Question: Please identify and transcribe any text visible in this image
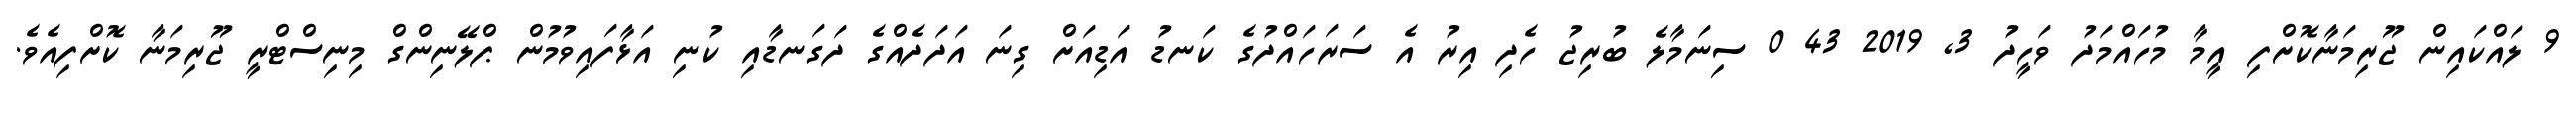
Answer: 9 ލައްކައިން ޖޫރިމަނާކޮށްފި އީމާ މުހައްމަދު ވަހީދު 3, 2019 43 0 ސިނަމާލެ ބުރިޖު ހެދި އިރު އެ ސަރަހައްދުގެ ކަނޑު އަޑިއަށް ގިނަ އަދަދެއްގެ ދަގަނޑާއި ކުނި އަޅާފައިވުމުން ޕްލޭނިންގް މިނިސްޓްރީ ޖޫރިމަނާ ކޮށްފިއެވެ.